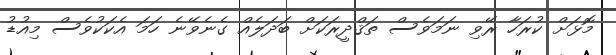
މޮޅަށް ކުރަހާ ރޭވި ނަމަވެސް ތަޤްދީރަކަށް ބަދަލެއް ގެނެވޭނެ ހަމަ އެކަކުވެސް މިއުޑު